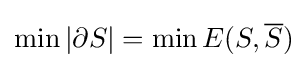
\min {|\partial S|}=\min E({S},{\overline {S}})